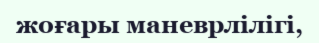
жоғары маневрлілігі,